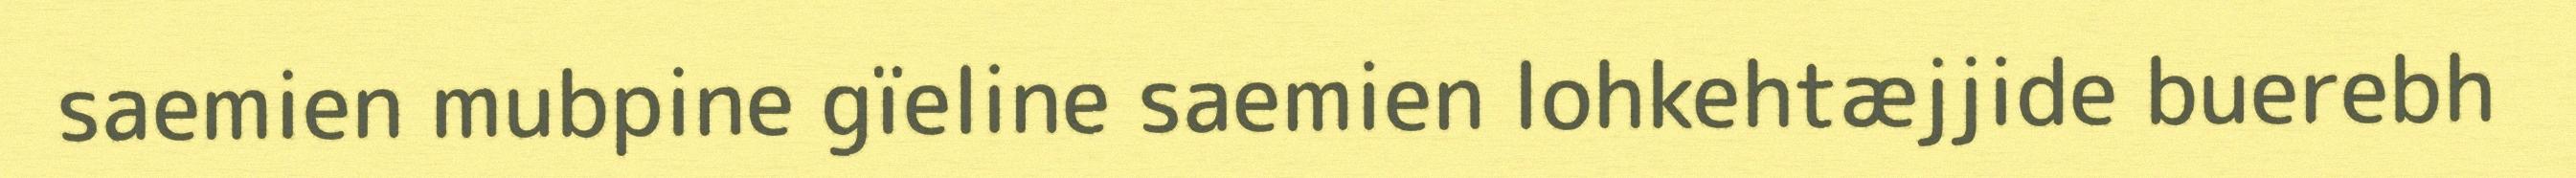
saemien mubpine gïeline saemien lohkehtæjjide buerebh